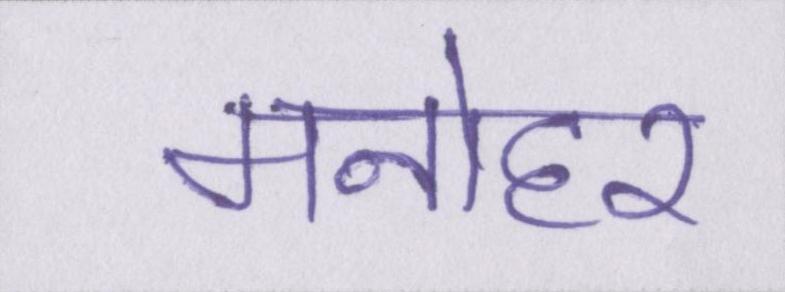
मनोहर